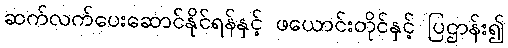
ဆက်လက်ပေးဆောင်နိုင်ရန်နှင့် ဖယောင်းတိုင်နှင့် ပြဌာန်း၍